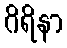
ဂိရိနာ